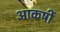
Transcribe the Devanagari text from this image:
आकर्षी